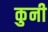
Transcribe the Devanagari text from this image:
कुनी